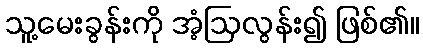
သူ့မေးခွန်းကို အံ့ဩလွန်း၍ ဖြစ်၏။